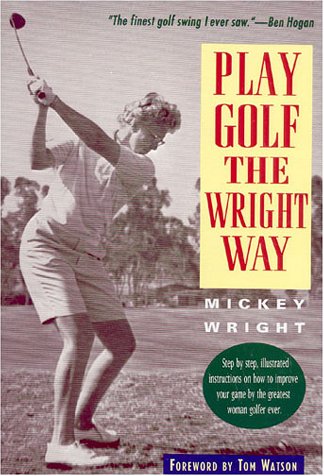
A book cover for Play Golf the Wright Way; Mickey Wright; Sports & Outdoors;